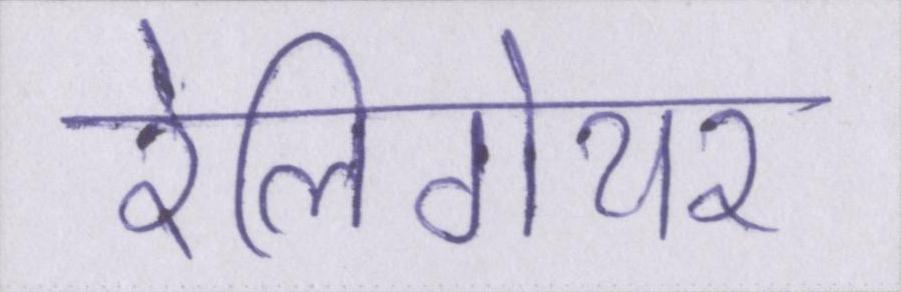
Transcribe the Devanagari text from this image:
रेलिगेयर